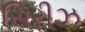
સિરીઝ